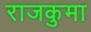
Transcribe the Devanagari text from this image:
राजकुमा